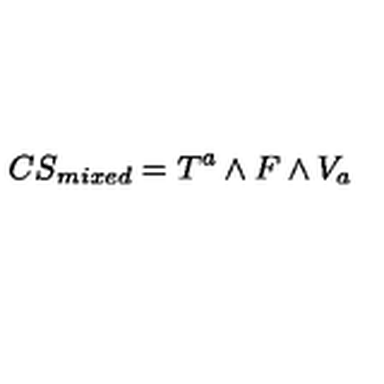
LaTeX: { C S } _ { m i x e d } = T ^ { a } \wedge F \wedge V _ { a }